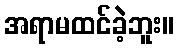
အရာမထင်ခဲ့ဘူး။